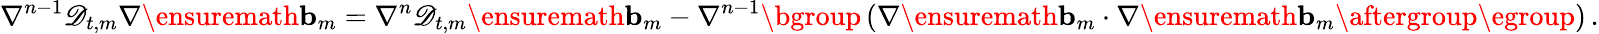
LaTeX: \nabla^{n-1}\mathscr{D}_{t,m}\nabla\ensuremath{\mathbf{b}}_{m}=\nabla^{n}\mathscr{D}_{t,m}\ensuremath{\mathbf{b}}_{m}-\nabla^{n-1}\mathopen{}\mathclose\bgroup\left(\nabla\ensuremath{\mathbf{b}}_{m}\cdot\nabla\ensuremath{\mathbf{b}}_{m}\aftergroup\egroup\right)\, .